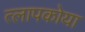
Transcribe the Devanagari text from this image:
त्लापकोया